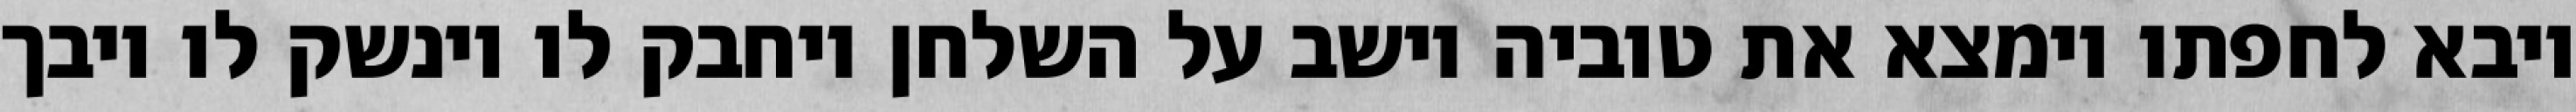
ויבא לחפתו וימצא את טוביה יושב על השלחן ויחבק לו וינשק לו ויבך